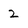
Character: 2